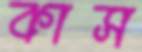
কাস